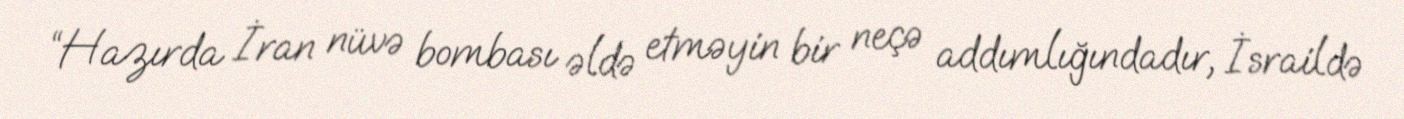
“Hazırda İran nüvə bombası əldə etməyin bir neçə addımlığındadır, İsraildə